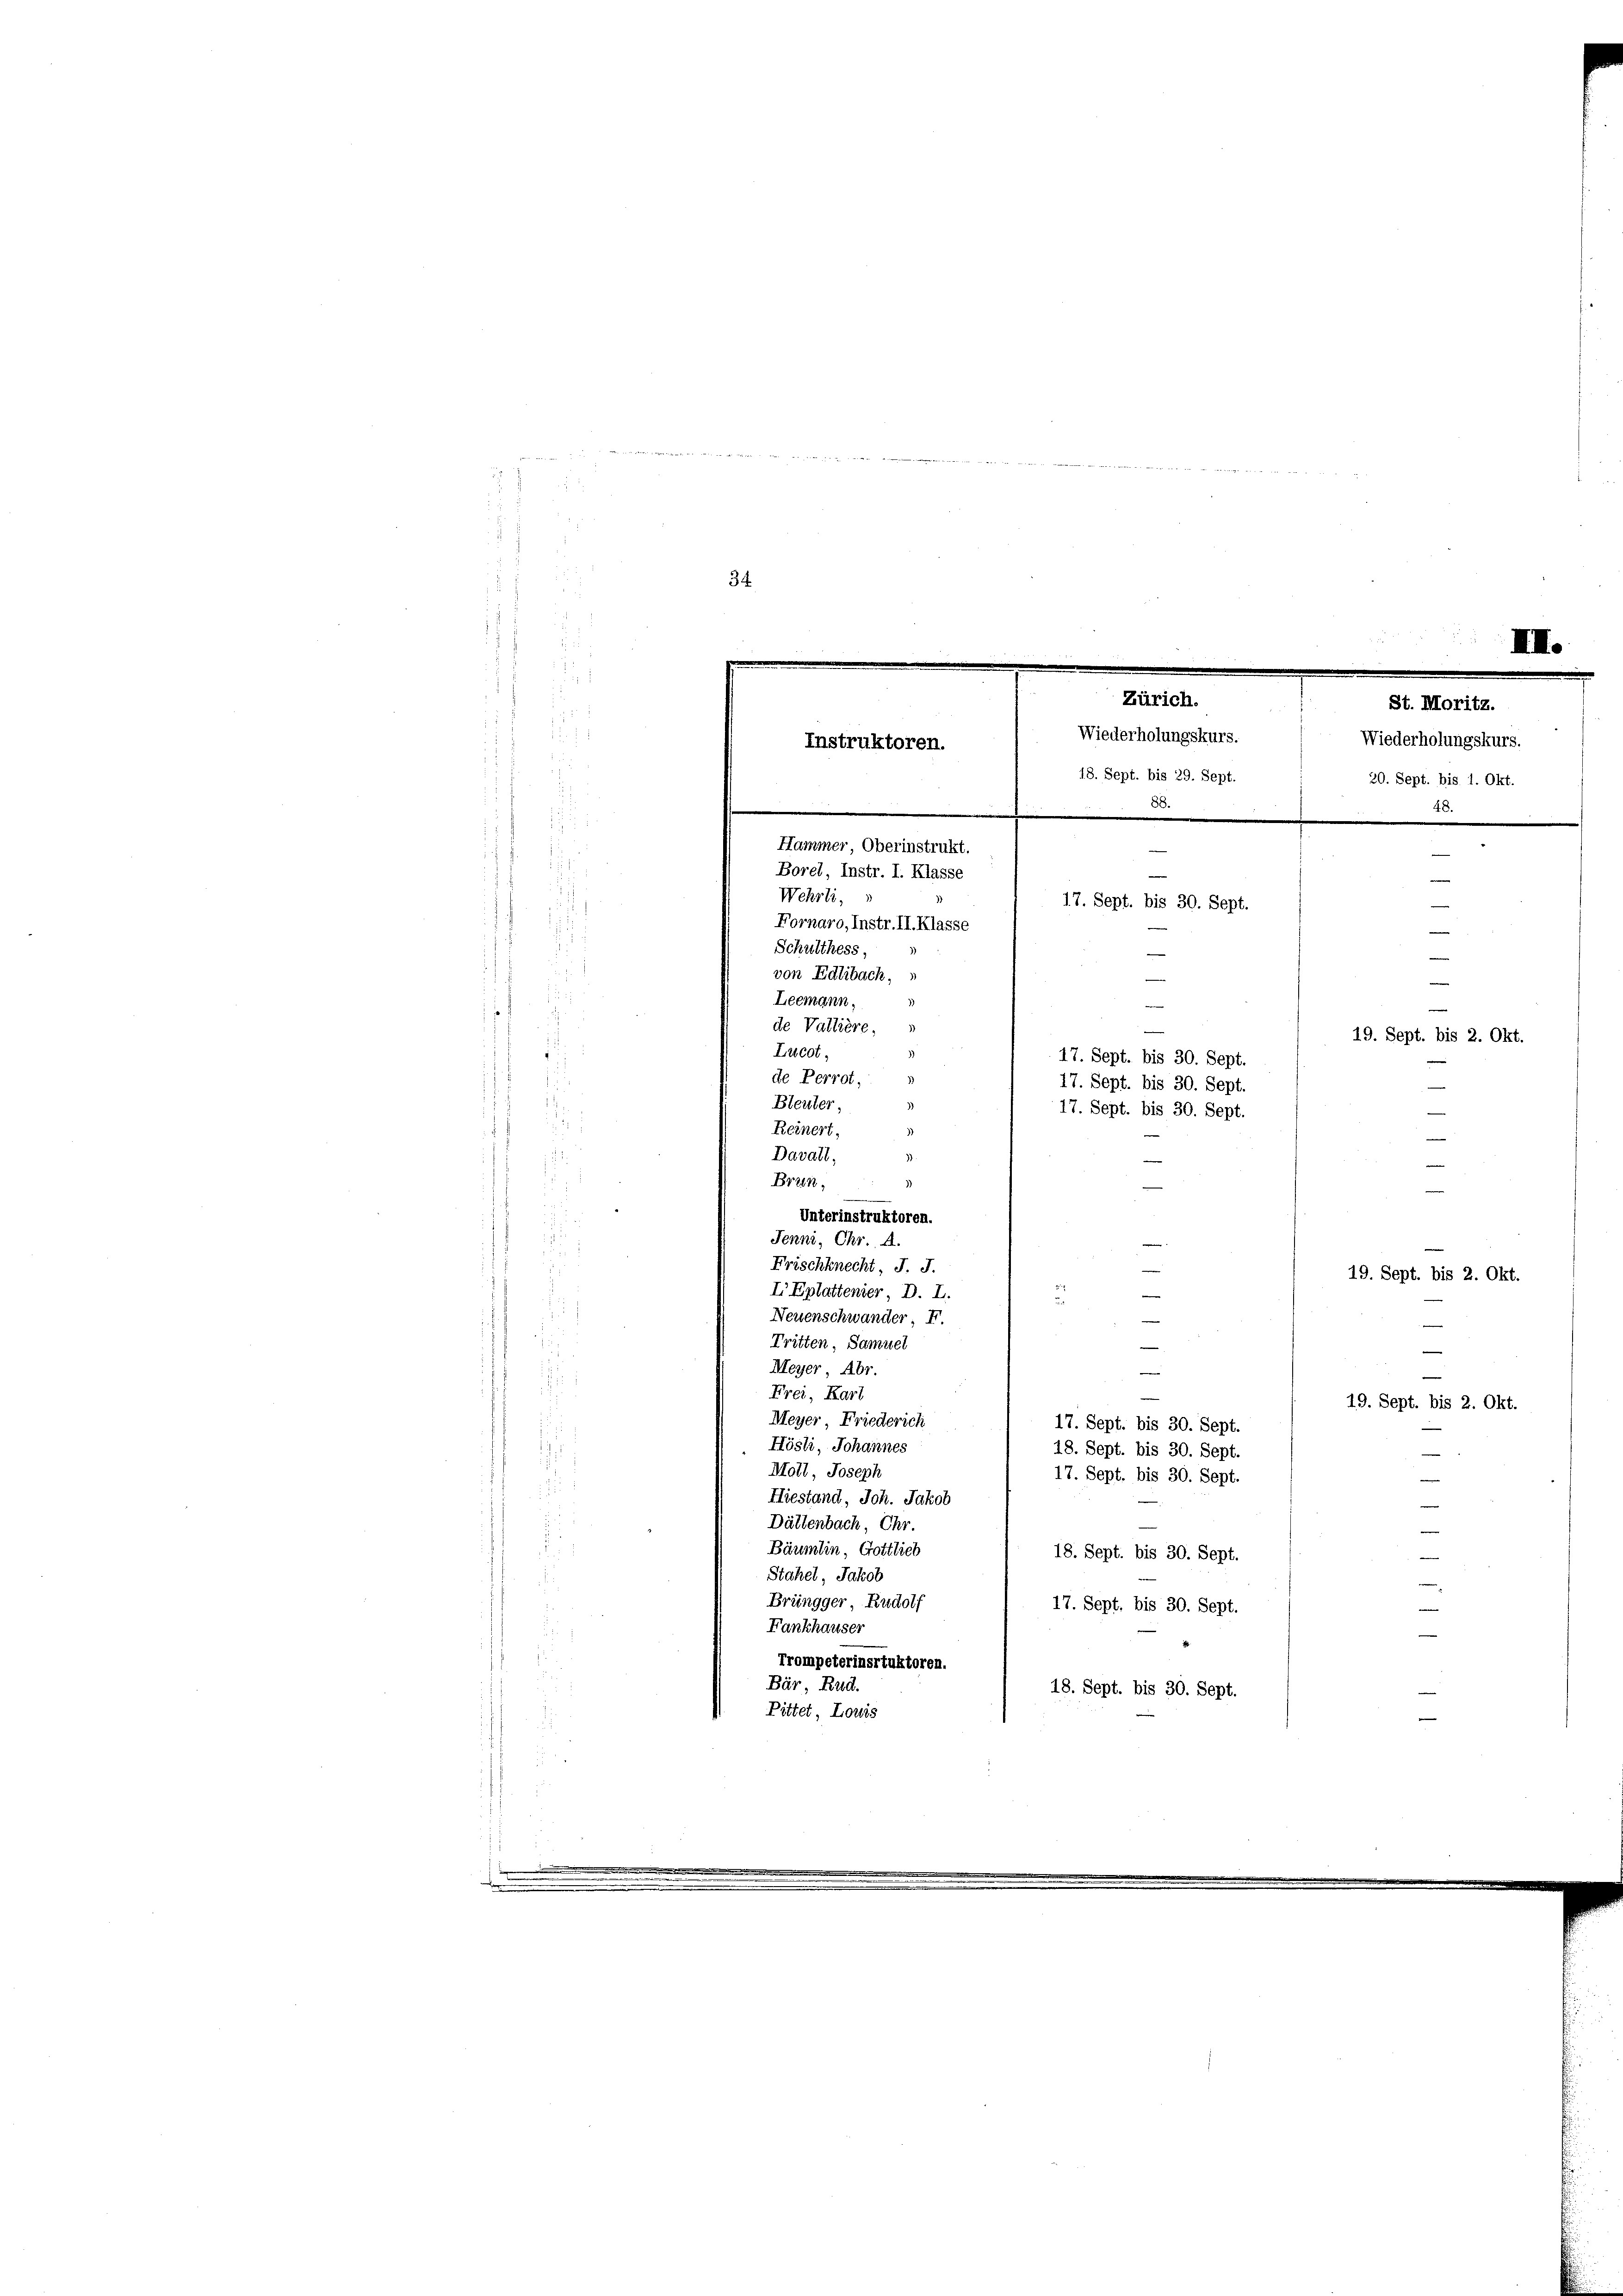
7

i
34
i

IIII.
s
St. Moritz.
Wiederholungskurs.
20. Sept. bis 1. Okt.
48.
Hammer, Oberinstrukt.
—
—
Borel, Instr. I. Klasse
e
Wehrli,
17. Sept. bis 30. Sept.
—
Fornaro, Instr. II. Klasse
e
Schulthess,
e
.
von Edlibach,
m
i
Leemann,
—
|
f
15.
17
de Valtière.
19. Sept. bis 2. Okt.
d
Lucot,
17. Sept. bis 30. Sept.
de Perrot,
17. Sept. bis 30. Sept.
Bleuter,
d
17. Sept. bis 30. Sept.
Reinert,
u
Davall,

n
Zürich.
7
Wiederholungskurs.
Instruktoren.
18. Sept. bis 29. Sept.
88.

33.
e
Brain,
Unterinstruktoren.
i
Jenni, Chr. A.
e
Frischknecht, J. J.
.
I Eplattenier, D. L.
.
i
Neuenschwander. Fr.
Tritten, Samuel
u
Meyer, Abr.
1
Frei, Kart
Meyer, Friederich
Hösli, Johannes
Mott, Joseph

Hiestand, Joh. Jakob
Dättenbach, Chr.
Bäumlin, Gottlieb
18. Sept. bis 30. Sept.
Stahel, Jakob
.
Brüngger, Rudolf
17. Sept. bis 30. Sept.
Fankhauser
.
2
Trompeterinsrtuktoren.
Bär, Rud.
18. Sept. bis 30. Sept.
 Bittet, Louis

.

e
19. Sept. bis 2. Okt.
17. Sept. bis 30. Sept.
18. Sept. bis 30. Sept.
—
17. Sept. bis 30. Sept.
—

19. Sept. bis 2. Okt.